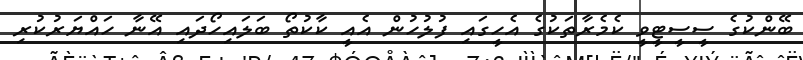
ބޭންކުގެ ސީސީޓީވީ ކެމެރާތަކުގެ އެހީގައި ފުލުހުން އެއީ ކާކުތޯ ބަލައިހޯދައި އޭނާ ހައްޔަރުކުރި